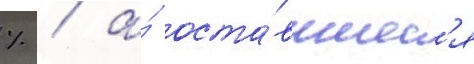
% / а́ оста́вшиес'я